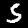
Digit: 5